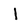
Character: 1